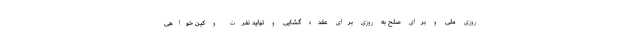
روزی ملی و برای صلح به روزی برای عقده گشایی و تولید نفرت و کین خواهی